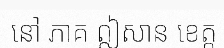
នៅ ភាគ ឦសាន ខេត្ត